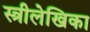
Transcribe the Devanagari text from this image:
स्त्रीलेखिका